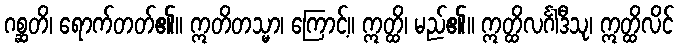
ဂစ္ဆတိ၊ ရောက်တတ်၏။ ဣတိတသ္မာ၊ ကြောင့်။ ဣတ္ထိ၊ မည်၏။ ဣတ္ထိလင်္ဂါဒီသု၊ ဣတ္ထိလိင်